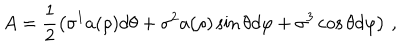
A = \frac { 1 } { 2 } \left( \sigma ^ { 1 } a ( \rho ) d \theta + \sigma ^ { 2 } a ( \rho ) \sin \theta d \varphi + \sigma ^ { 3 } \cos \theta d \varphi \right) \, ,